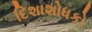
દિશાશોધકો